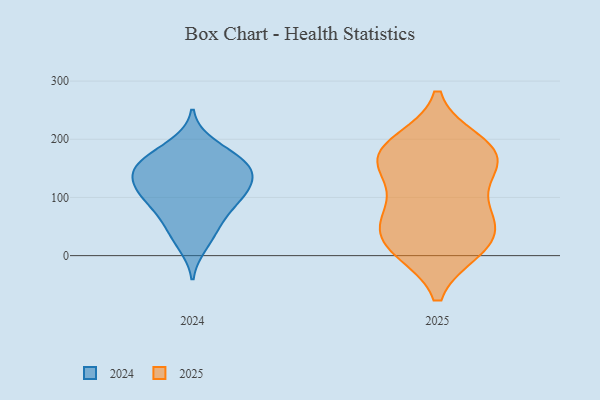
{"axis": {"x": "Active Users", "y": "Value"}, "legend": ["2024", "2025"], "data": [{"x": "", "y": 183, "type": "2025"}, {"x": "", "y": 154, "type": "2025"}, {"x": "", "y": 76, "type": "2025"}, {"x": "", "y": 157, "type": "2025"}, {"x": "", "y": 12, "type": "2025"}, {"x": "", "y": 15, "type": "2025"}, {"x": "", "y": 41, "type": "2025"}, {"x": "", "y": 59, "type": "2025"}, {"x": "", "y": 171, "type": "2025"}, {"x": "", "y": 193, "type": "2025"}, {"x": "", "y": 88, "type": "2025"}, {"x": "", "y": 168, "type": "2025"}, {"x": "", "y": 17, "type": "2025"}, {"x": "", "y": 141, "type": "2024"}, {"x": "", "y": 158, "type": "2024"}, {"x": "", "y": 163, "type": "2024"}, {"x": "", "y": 192, "type": "2024"}, {"x": "", "y": 18, "type": "2024"}, {"x": "", "y": 148, "type": "2024"}, {"x": "", "y": 60, "type": "2024"}, {"x": "", "y": 99, "type": "2024"}, {"x": "", "y": 174, "type": "2024"}, {"x": "", "y": 105, "type": "2024"}, {"x": "", "y": 77, "type": "2024"}, {"x": "", "y": 104, "type": "2024"}, {"x": "", "y": 113, "type": "2024"}, {"x": "", "y": 130, "type": "2024"}, {"x": "", "y": 145, "type": "2024"}, {"x": "", "y": 41, "type": "2024"}]}